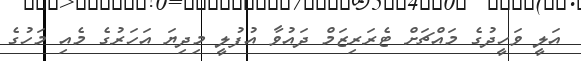
އަލީ ވަހީދުގެ މައްޗަށް ޓެރަރިޒަމް ދައުވާ އުފުލީ މިދިޔަ އަަހަރުގެ މެއި މަހުގެ